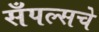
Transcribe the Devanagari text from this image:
सँपल्सचे